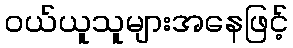
ဝယ်ယူသူများအနေဖြင့်